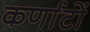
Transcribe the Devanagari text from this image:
कर्णाटों